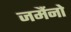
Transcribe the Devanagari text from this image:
जर्मैनो